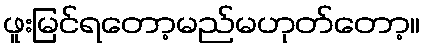
ဖူးမြင်ရတော့မည်မဟုတ်တော့။